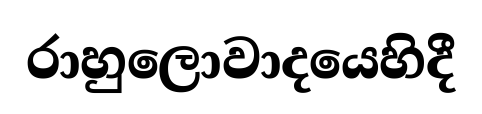
රාහුලොවාදයෙහිදී